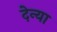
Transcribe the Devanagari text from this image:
देन्या